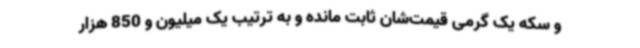
و سکه یک گرمی قیمت‌شان ثابت مانده و به ترتیب یک میلیون و 850 هزار